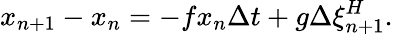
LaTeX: x_{n+1}-x_{n}=-fx_{n}\Delta t+g\Delta\xi_{n+1}^{H}.